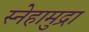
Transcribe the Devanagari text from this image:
स्नेहामुद्रा